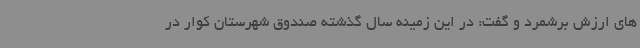
های ارزش برشمرد و گفت: در این زمینه سال گذشته صندوق شهرستان کوار در